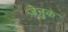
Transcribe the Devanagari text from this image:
ज़ेनुक